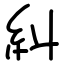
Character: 糾